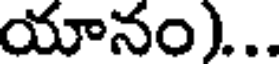
యానం)...